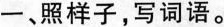
一、照样子，写词语。